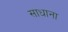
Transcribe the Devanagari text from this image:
साधाना